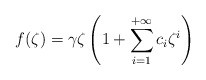
\begin{align*} f(\zeta)=\gamma \zeta \left( 1 + \sum_{i = 1}^{+ \infty} c_i \zeta^i \right) \end{align*}